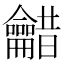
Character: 𮯠